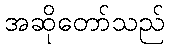
အဆိုတော်သည်